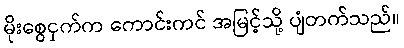
မိုးစွေငှက်က ကောင်းကင် အမြင့်သို့ ပျံတက်သည်။